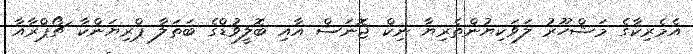
އެމެރިކާގެ މަޝްހޫރު ލަވަކިޔުންތެރިޔާ ނިކް ޖޮނަސް އާއި ބޮލީވުޑްގެ ބަތަލާ ޕްރިޔަންކާ ޗޯޕްރާއާ